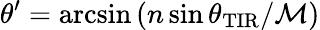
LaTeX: \theta^{\prime}=\arcsin\left(n\sin\theta_{\mathrm{TIR}}/\mathcal{M}\right)